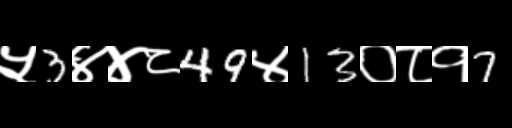
Text: ५3४४८49४13०८१7